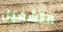
التشغيل